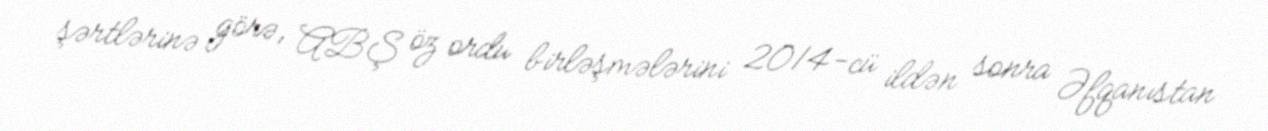
şərtlərinə görə, ABŞ öz ordu birləşmələrini 2014-cü ildən sonra Əfqanıstan